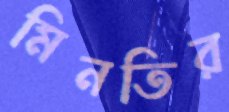
মিনতির